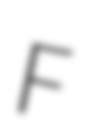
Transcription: F